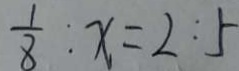
\frac { 1 } { 8 } : x = 2 : 5